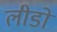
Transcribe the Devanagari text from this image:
लीडो